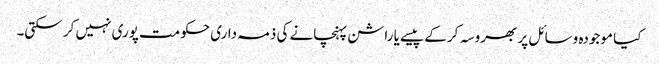
کیا موجودہ وسائل پر بھروسہ کر کے پیسے یا راشن پہنچانے کی ذمہ داری حکومت پوری نہیں کر سکتی۔